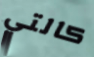
كالتي